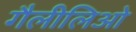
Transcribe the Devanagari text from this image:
गैलीलिओ